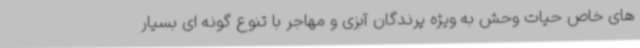
های خاص حیات وحش به ویژه پرندگان آبزی و مهاجر با تنوع گونه ای بسیار